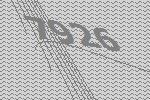
7926